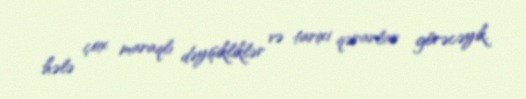
hələ çox maraqlı dəyişikliklər və tarixi qərarlar görəcəyik.